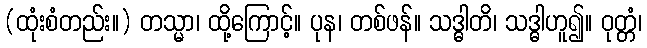
(ထုံးစံတည်း။) တသ္မာ၊ ထို့ကြောင့်။ ပုန၊ တစ်ဖန်။ သဒ္ဓါတိ၊ သဒ္ဓါဟူ၍။ ဝုတ္တံ၊